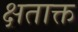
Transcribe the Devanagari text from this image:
क्षताक्त